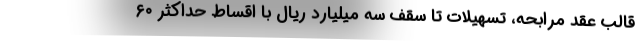
قالب عقد مرابحه، تسهیلات تا سقف سه میلیارد ریال با اقساط حداکثر ٦٠